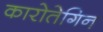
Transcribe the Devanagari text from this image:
कारोतेगिन